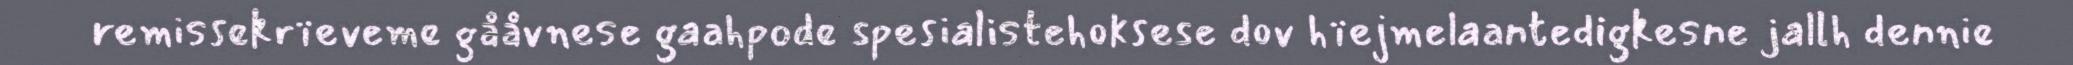
remissekrïeveme gååvnese gaahpode spesialistehoksese dov hïejmelaantedigkesne jallh dennie